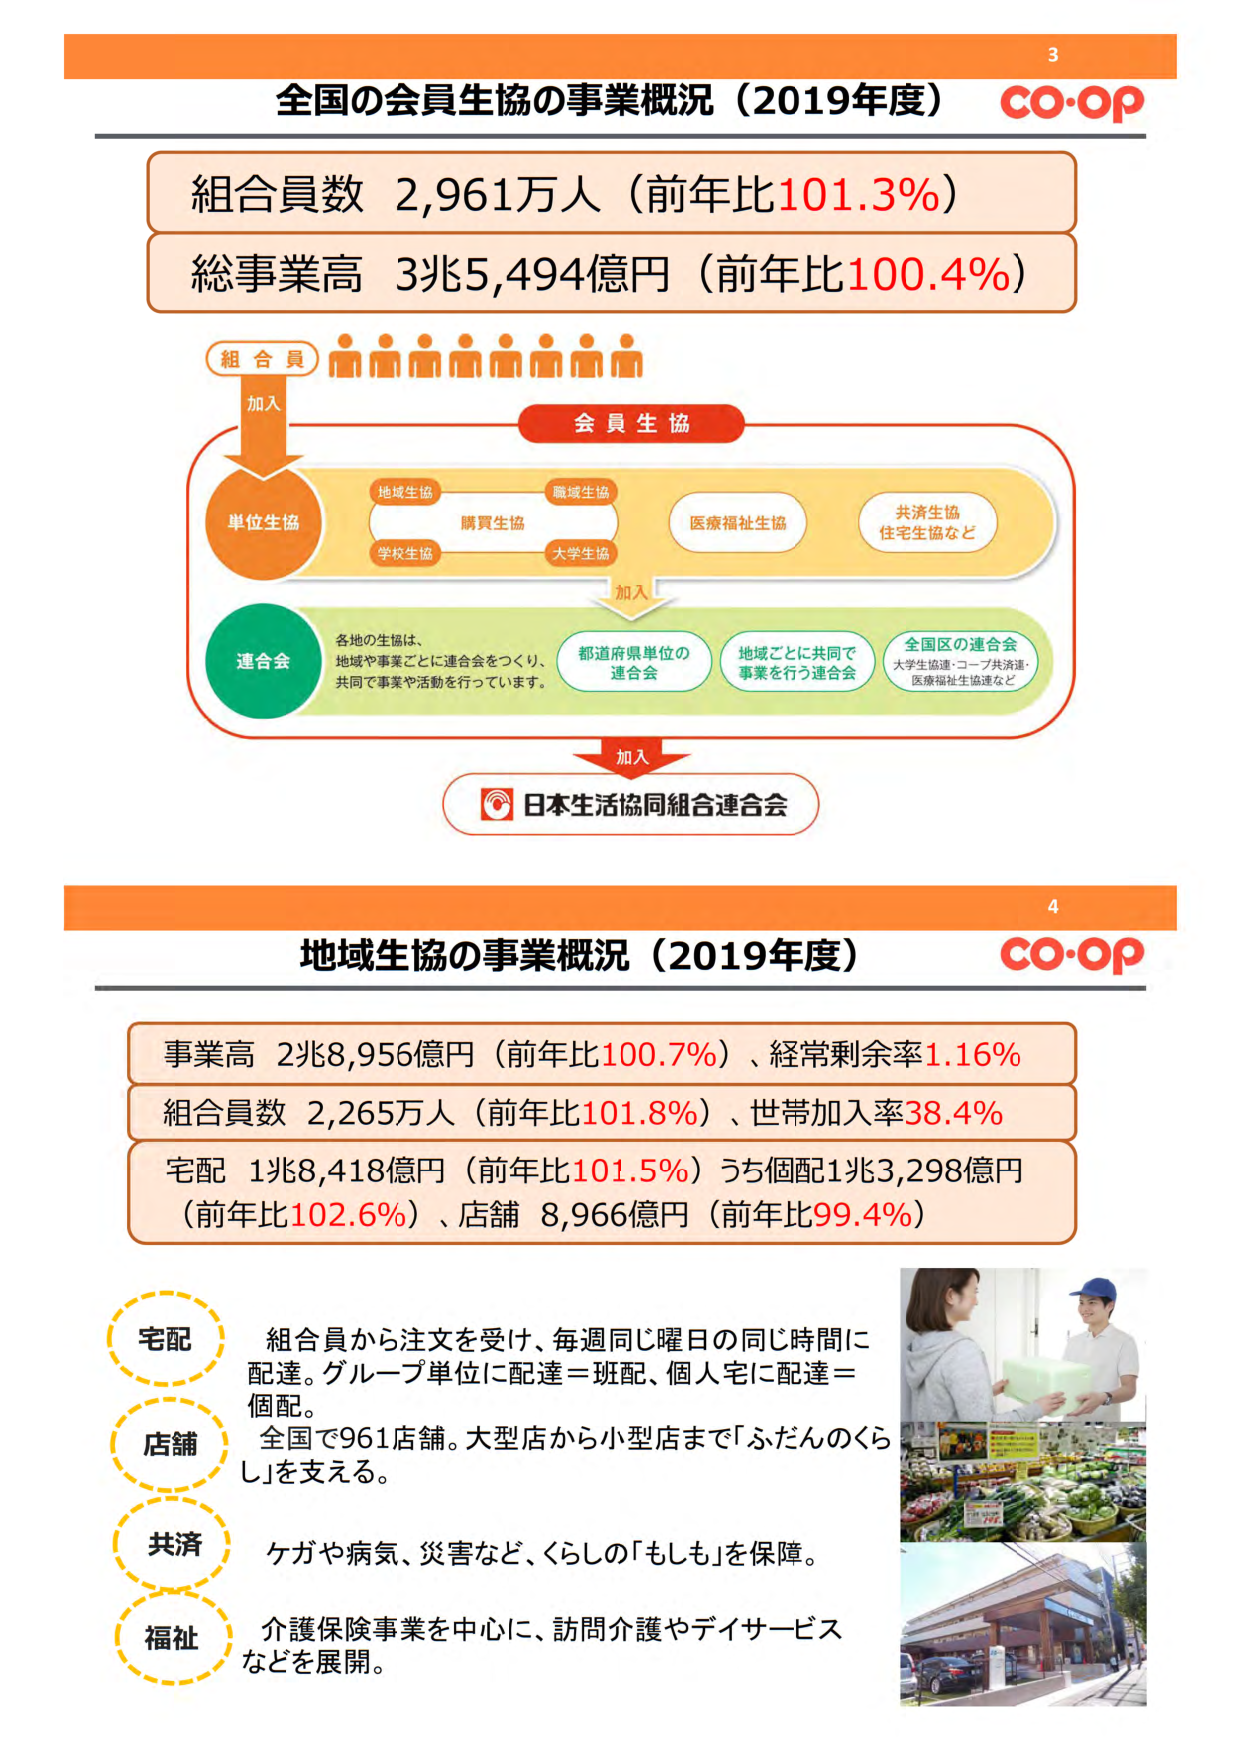
3
全国の会員生協の事業概況（2019年度） co-op
組合員数 2,961万人（前年比101.3%）
総事業高 3兆5,494億円（前年比100.4%）
組合員
加入
会員生協
単位生協
地域生協
職域生協
購買生協
学校生協
大学生協
医療福祉生協
共済生協
住宅生協など
加入
連合会
各地の生協は、
地域や事業ごとに連合会をつくり、
共同で事業や活動を行っています。
都道府県単位の
連合会
地域ごとに共同で
事業を行う連合会
全国区の連合会
大学生協連・コープ共済連・
医療福祉生協連など
加入
日本生活協同組合連合会

4
地域生協の事業概況（2019年度） co-op
事業高 2兆8,956億円（前年比100.7%）、経常剰余率1.16%
組合員数 2,265万人（前年比101.8%）、世帯加入率38.4%
宅配 1兆8,418億円（前年比101.5%）うち個配1兆3,298億円
（前年比102.6%）、店舗 8,966億円（前年比99.4%）
宅配
組合員から注文を受け、毎週同じ曜日の同じ時間に
配達。グループ単位に配達＝班配、個人宅に配達＝
個配。
店舗
全国で961店舗。大型店から小型店まで「ふだんのくら
し」を支える。
共済
ケガや病気、災害など、くらしの「もしも」を保障。
福祉
介護保険事業を中心に、訪問介護やデイサービス
などを展開。